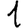
Digit: 1